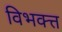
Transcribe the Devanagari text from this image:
विभक्त्त